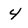
Character: 4